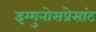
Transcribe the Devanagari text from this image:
इम्मुनोसप्रेसांट